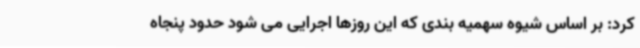
کرد: بر اساس شیوه سهمیه بندی که این روزها اجرایی می شود حدود پنجاه